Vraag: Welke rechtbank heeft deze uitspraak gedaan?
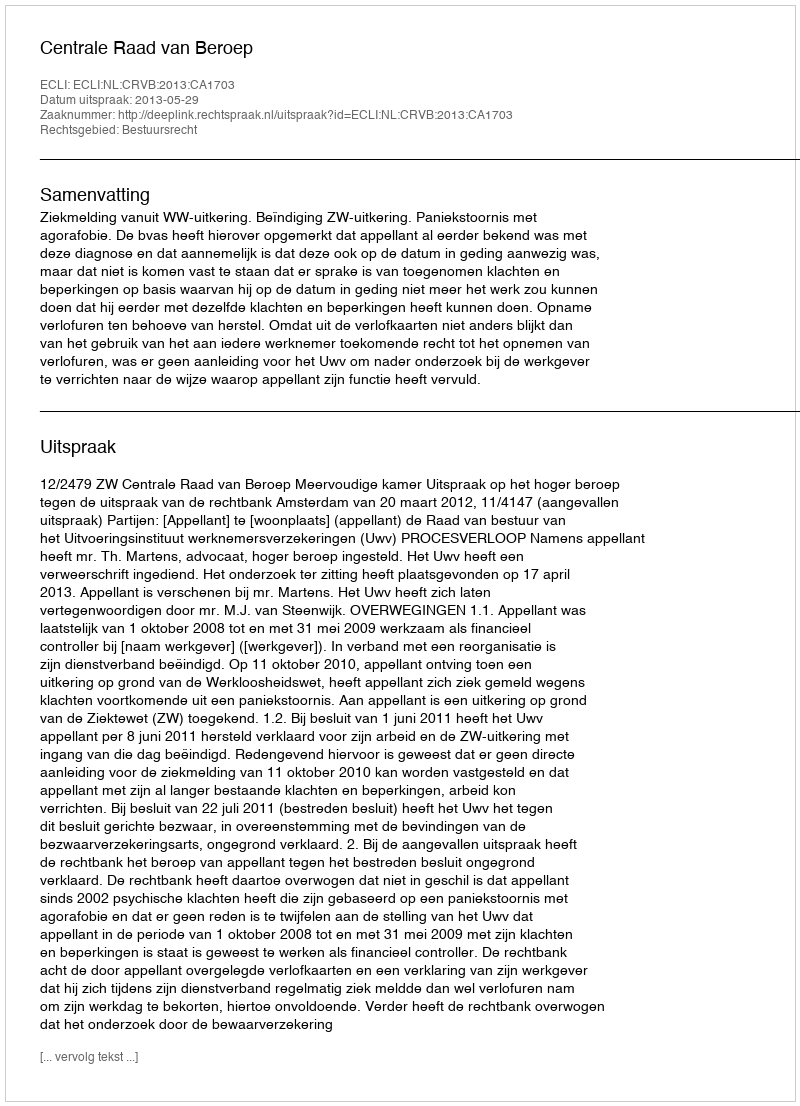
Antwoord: Centrale Raad van Beroep